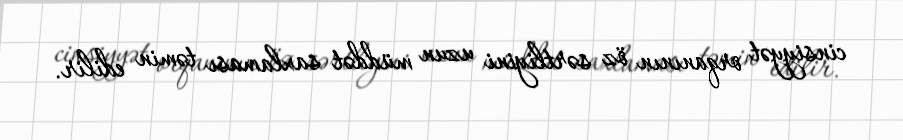
cinsiyyət orqanının öz sərtliyini uzun müddət saxlaması təmin edilir.